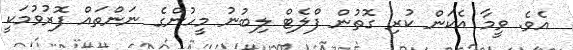
އެވެ. ވީމާ އެކަން ކުރި ގޮތުން ފްލެޓް ލިބުނު މީހުންގެ ނަންތައް ފޮރުވުމަކީ